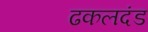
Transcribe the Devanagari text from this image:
ढकलदंड